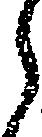
ら